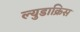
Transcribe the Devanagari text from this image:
ल्युडाक्रिस